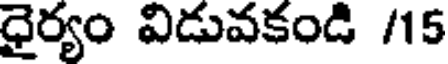
ధైర్యం విడువకండి /15